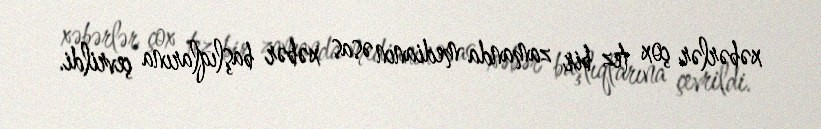
xəbərlər çox tez bir zamanda medianın əsas xəbər başlıqlarına çevrildi.